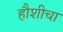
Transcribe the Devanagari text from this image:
हौशीचा